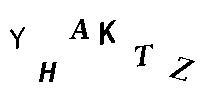
YHAKTZ